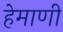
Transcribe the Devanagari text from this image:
हेमाणी